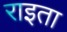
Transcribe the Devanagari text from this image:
राइता